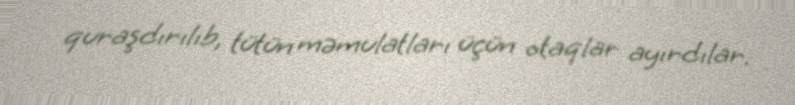
quraşdırılıb, tütün məmulatları üçün otaqlar ayırdılar.